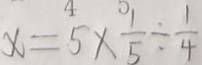
x = 5 \times \frac { 1 } { 5 } \div \frac { 1 } { 4 }